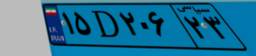
۸۰D۳۵۴۳۷